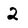
Character: 2